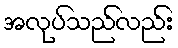
အလုပ်သည်လည်း